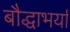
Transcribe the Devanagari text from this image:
बौद्धाभर्या